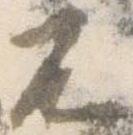
不